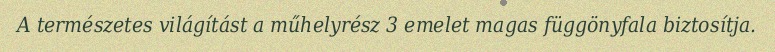
A természetes világítást a műhelyrész 3 emelet magas függönyfala biztosítja.